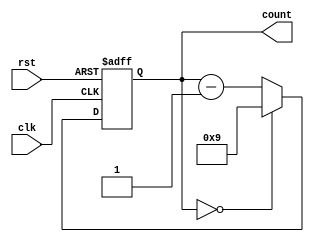
module DownCounter( //CONTA DE 5 A 0 E DE 9 A 0
    input wire clk, // Clock input
    input wire rst, // Reset input
    output wire [3:0] count // Output count
);

// Counter state register
reg [3:0] count_reg;

// Always block for sequential logic
always @(posedge clk or posedge rst) begin
    if (rst == 1'b1) // Reset condition
        count_reg <= 4'b0101; // Initialize count to 5
    else if (count_reg == 4'b0000) // If count is 0
        count_reg <= 4'b1001; // Reset count to 9
    else // Decrement count
        count_reg <= count_reg - 1;
end

// Output assignment
assign count = count_reg;

endmodule 
//perguntar sobre a escolha dos elementos de memoria e ver se fao isso aqui como uma maquina de estados